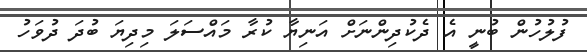
ފުލުހުން ބުނީ އެ ދެކުދިންނަށް އަނިޔާ ކުރާ މައްސަލަ މިދިޔަ ބުދަ ދުވަހު